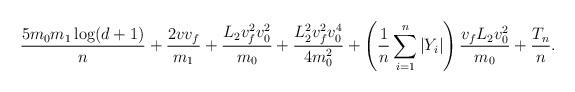
LaTeX: \begin{align*} \frac{5m_0 m_1 \log(d+1)}{n} + \frac{2v v_f}{m_1} + \frac{L_2v^2_fv^2_0}{m_0} + \frac{L^2_2v^2_fv^4_0}{4m^2_0}+ \left(\frac{1}{n}\sum_{i=1}^n|Y_i|\right)\frac{v_fL_2 v^2_0}{m_0} + \frac{T_n}{n}.\end{align*}